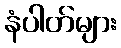
နံပါတ်များ